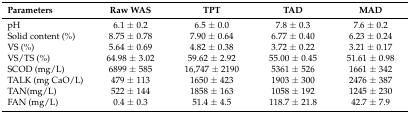
| Parameters | Raw WAS | TPT | TAD | MAD |
 | --- | --- | --- | --- | --- |
 | pH | 6.1 ± 0.2 | 6.5 ± 0.0 | 7.8 ± 0.3 | 7.6 ± 0.2 |
 | Solid content (%) | 8.75 ± 0.78 | 7.90 ± 0.64 | 6.77 ± 0.40 | 6.23 ± 0.24 |
 | VS (%) | 5.64 ± 0.69 | 4.82 ± 0.38 | 3.72 ± 0.22 | 3.21 ± 0.17 |
 | VS/TS (%) | 64.98 ± 3.02 | 59.62 ± 2.92 | 55.00 ± 0.45 | 51.61 ± 0.98 |
 | SCOD (mg/L) | 6899 ± 585 | 16,747 ± 2190 | 5361 ± 526 | 1661 ± 342 |
 | TALK (mg CaO/L) | 479 ± 113 | 1650 ± 423 | 1903 ± 300 | 2476 ± 387 |
 | TAN(mg/L) | 522 ± 144 | 1858 ± 163 | 1058 ± 192 | 1245 ± 230 |
 | FAN (mg/L) | 0.4 ± 0.3 | 51.4 ± 4.5 | 118.7 ± 21.8 | 42.7 ± 7.9 |